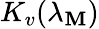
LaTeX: K_{v}(\lambda_{\mathbf{M}})